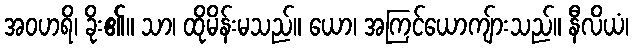
အဝဟရိ၊ ခိုး၏။ သာ၊ ထိုမိန်းမသည်။ ယော၊ အကြင်ယောကျ်ားသည်။ နီလိယံ၊